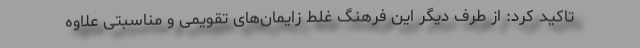
تاکید کرد: از طرف دیگر این فرهنگ غلط زایمان‌های تقویمی و مناسبتی علاوه